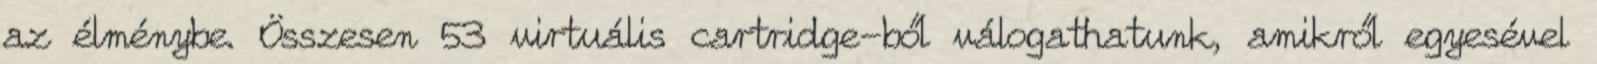
az élménybe. Összesen 53 virtuális cartridge-ből válogathatunk, amikről egyesével